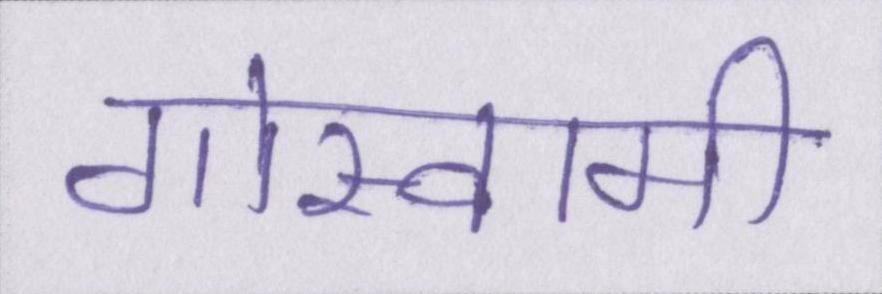
गोस्वामी